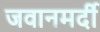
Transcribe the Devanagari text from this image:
जवानमर्दी